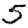
Digit: 5